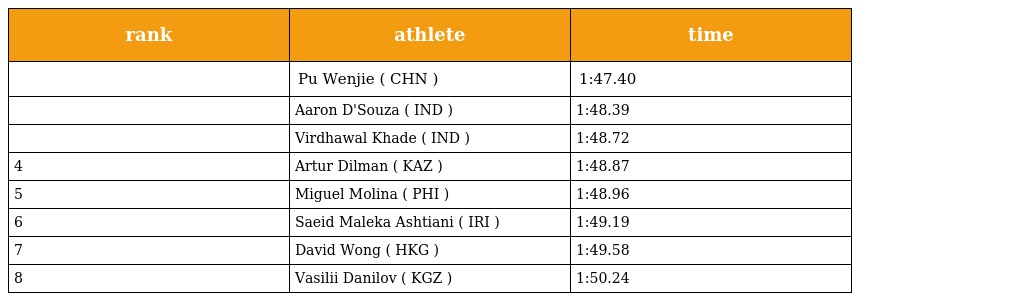
| rank | athlete | time |
 | --- | --- | --- |
 |  | Pu Wenjie ( CHN ) | 1:47.40 |
 |  | Aaron D'Souza ( IND ) | 1:48.39 |
 |  | Virdhawal Khade ( IND ) | 1:48.72 |
 | 4 | Artur Dilman ( KAZ ) | 1:48.87 |
 | 5 | Miguel Molina ( PHI ) | 1:48.96 |
 | 6 | Saeid Maleka Ashtiani ( IRI ) | 1:49.19 |
 | 7 | David Wong ( HKG ) | 1:49.58 |
 | 8 | Vasilii Danilov ( KGZ ) | 1:50.24 |